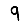
Digit: 9